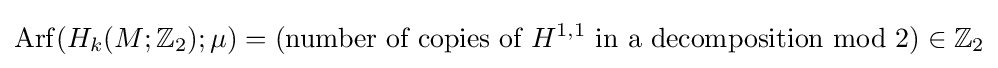
\operatorname {Arf} (H_{k}(M;\mathbb {Z} _{2});\mu )=({\text{number of copies of }}H^{1,1}{\text{ in a decomposition mod 2}})\in \mathbb {Z} _{2}